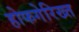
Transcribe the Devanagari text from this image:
होफगेरिख्त